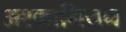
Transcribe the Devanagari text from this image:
अश्कानियन